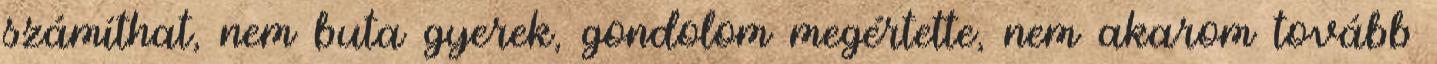
számíthat, nem buta gyerek, gondolom megértette, nem akarom tovább